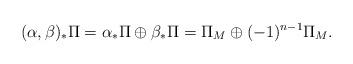
LaTeX: \begin{align*}(\alpha,\beta)_{*} \Pi = \alpha_* \Pi \oplus \beta_* \Pi = \Pi_M \oplus (-1)^{n-1} \Pi_M.\end{align*}